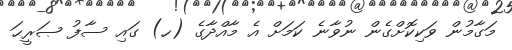
މަގާމުން ވަކިކޮށްގެން ނުވާނެ ކަމަށް އެ މާއްދާގެ (ހ) ގައި ސާފު ޞަރީޙަ